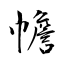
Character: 幨